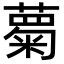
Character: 𮑦